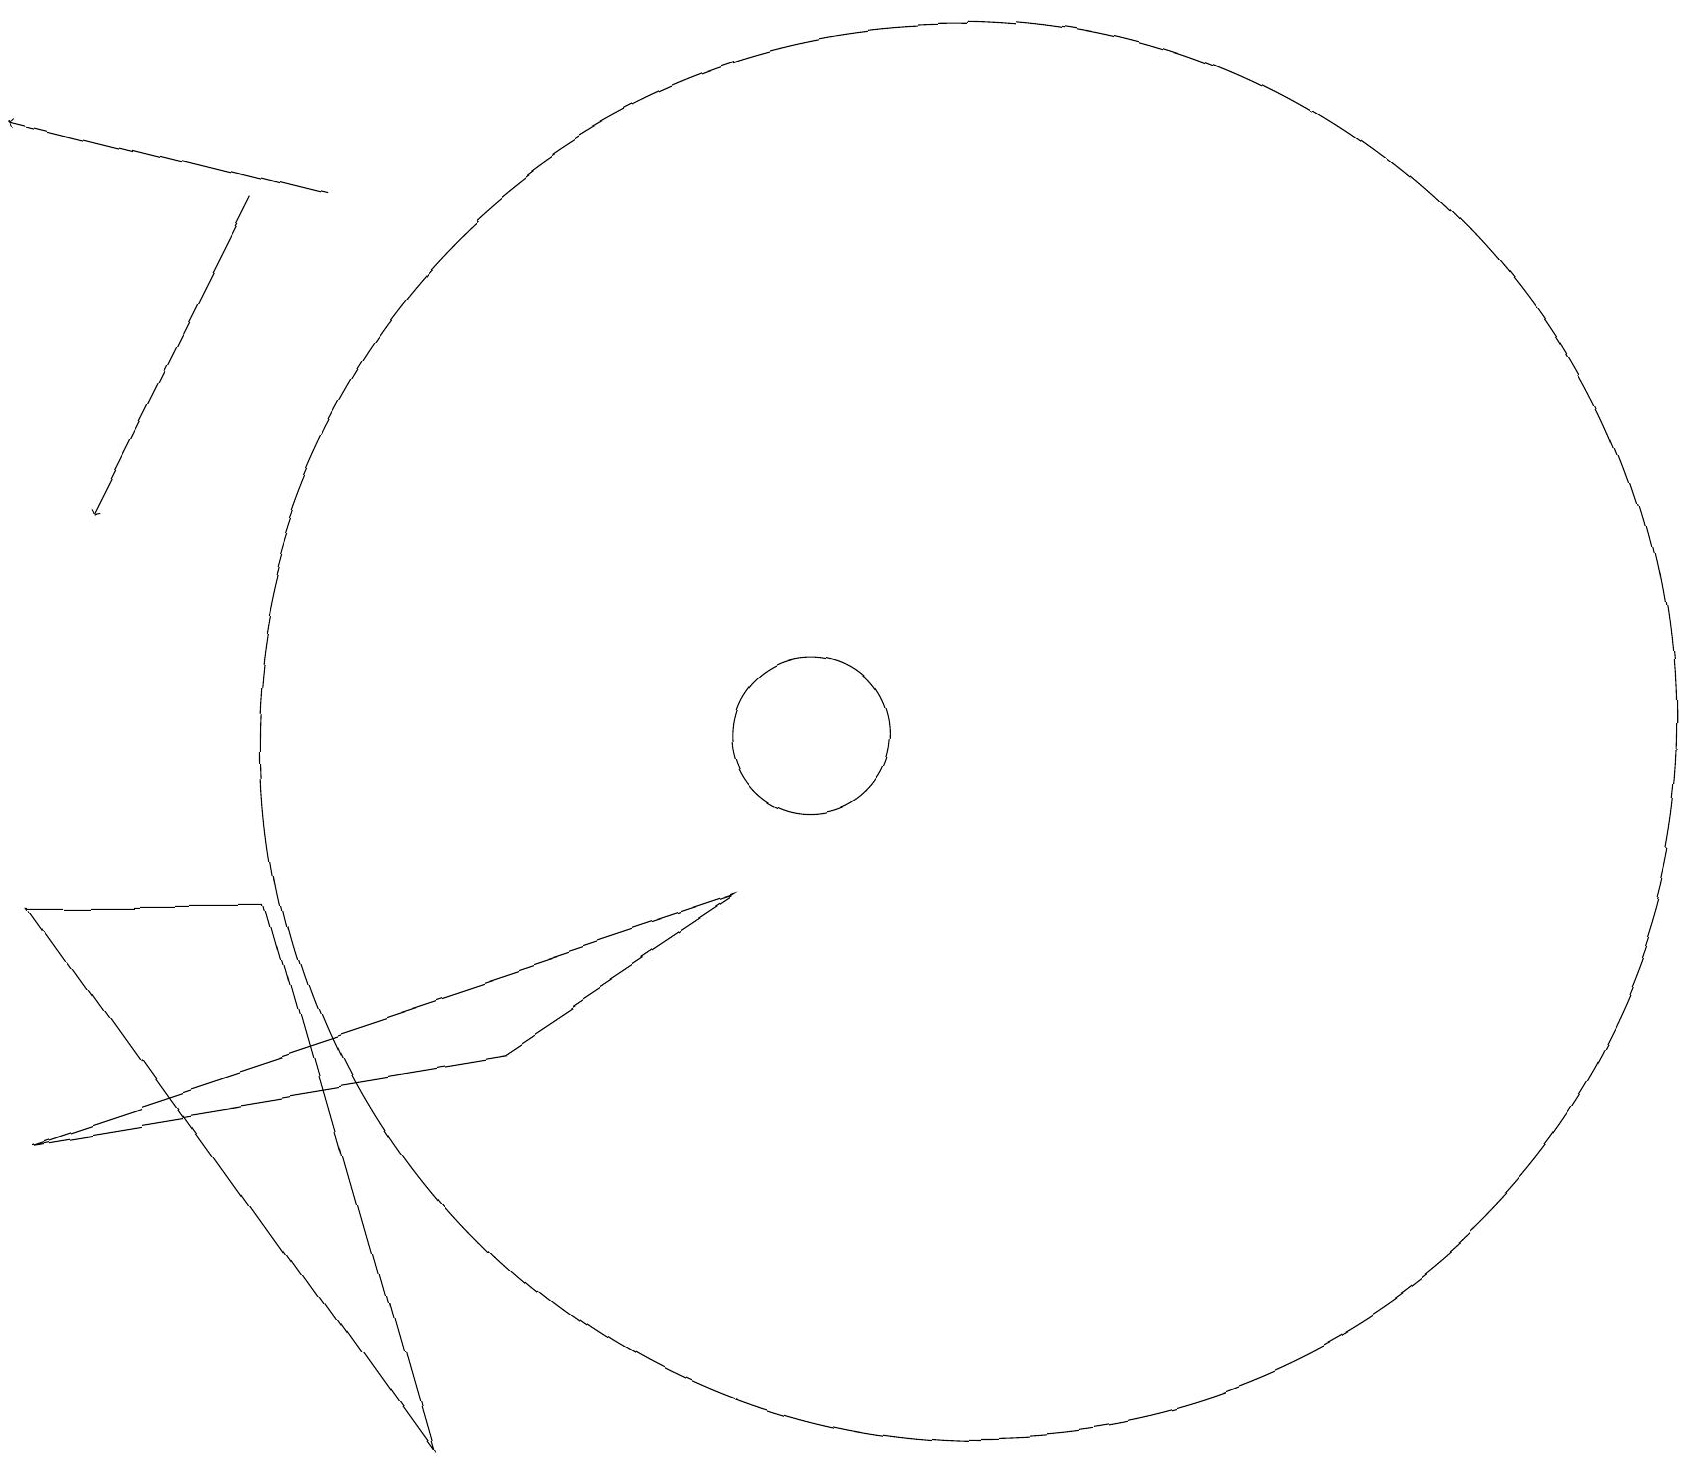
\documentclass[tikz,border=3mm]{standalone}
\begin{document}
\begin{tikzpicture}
\draw[->] (3,17) -- (1,13);
\draw (6,6) -- (0,5) -- (9,8) -- cycle;
\draw (12,10) circle (9);
\draw (10,10) circle (1);
\draw (3,8) -- (0,8) -- (5,1) -- cycle;
\draw[->] (4,17) -- (0,18);
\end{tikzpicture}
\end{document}